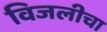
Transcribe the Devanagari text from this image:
विजलीचा